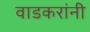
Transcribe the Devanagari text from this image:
वाडकरांनी